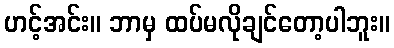
ဟင့်အင်း။ ဘာမှ ထပ်မလိုချင်တော့ပါဘူး။